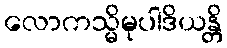
လောကသ္မိမုပါဒိယန္တိ